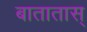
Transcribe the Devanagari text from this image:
बातातास्